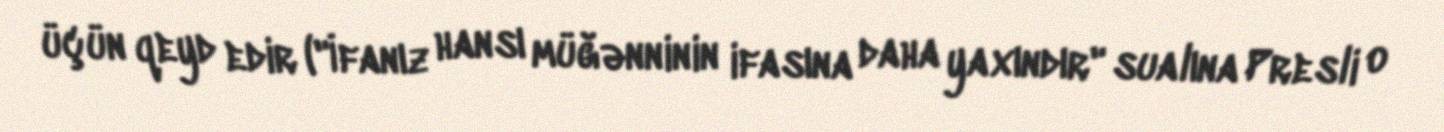
üçün qeyd edir ("İfanız hansı müğənninin ifasına daha yaxındır" sualına Presli o